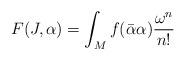
LaTeX: \begin{align*}F(J,\alpha)=\int_Mf(\bar{\alpha}\alpha)\frac{\omega^n}{n!}\end{align*}